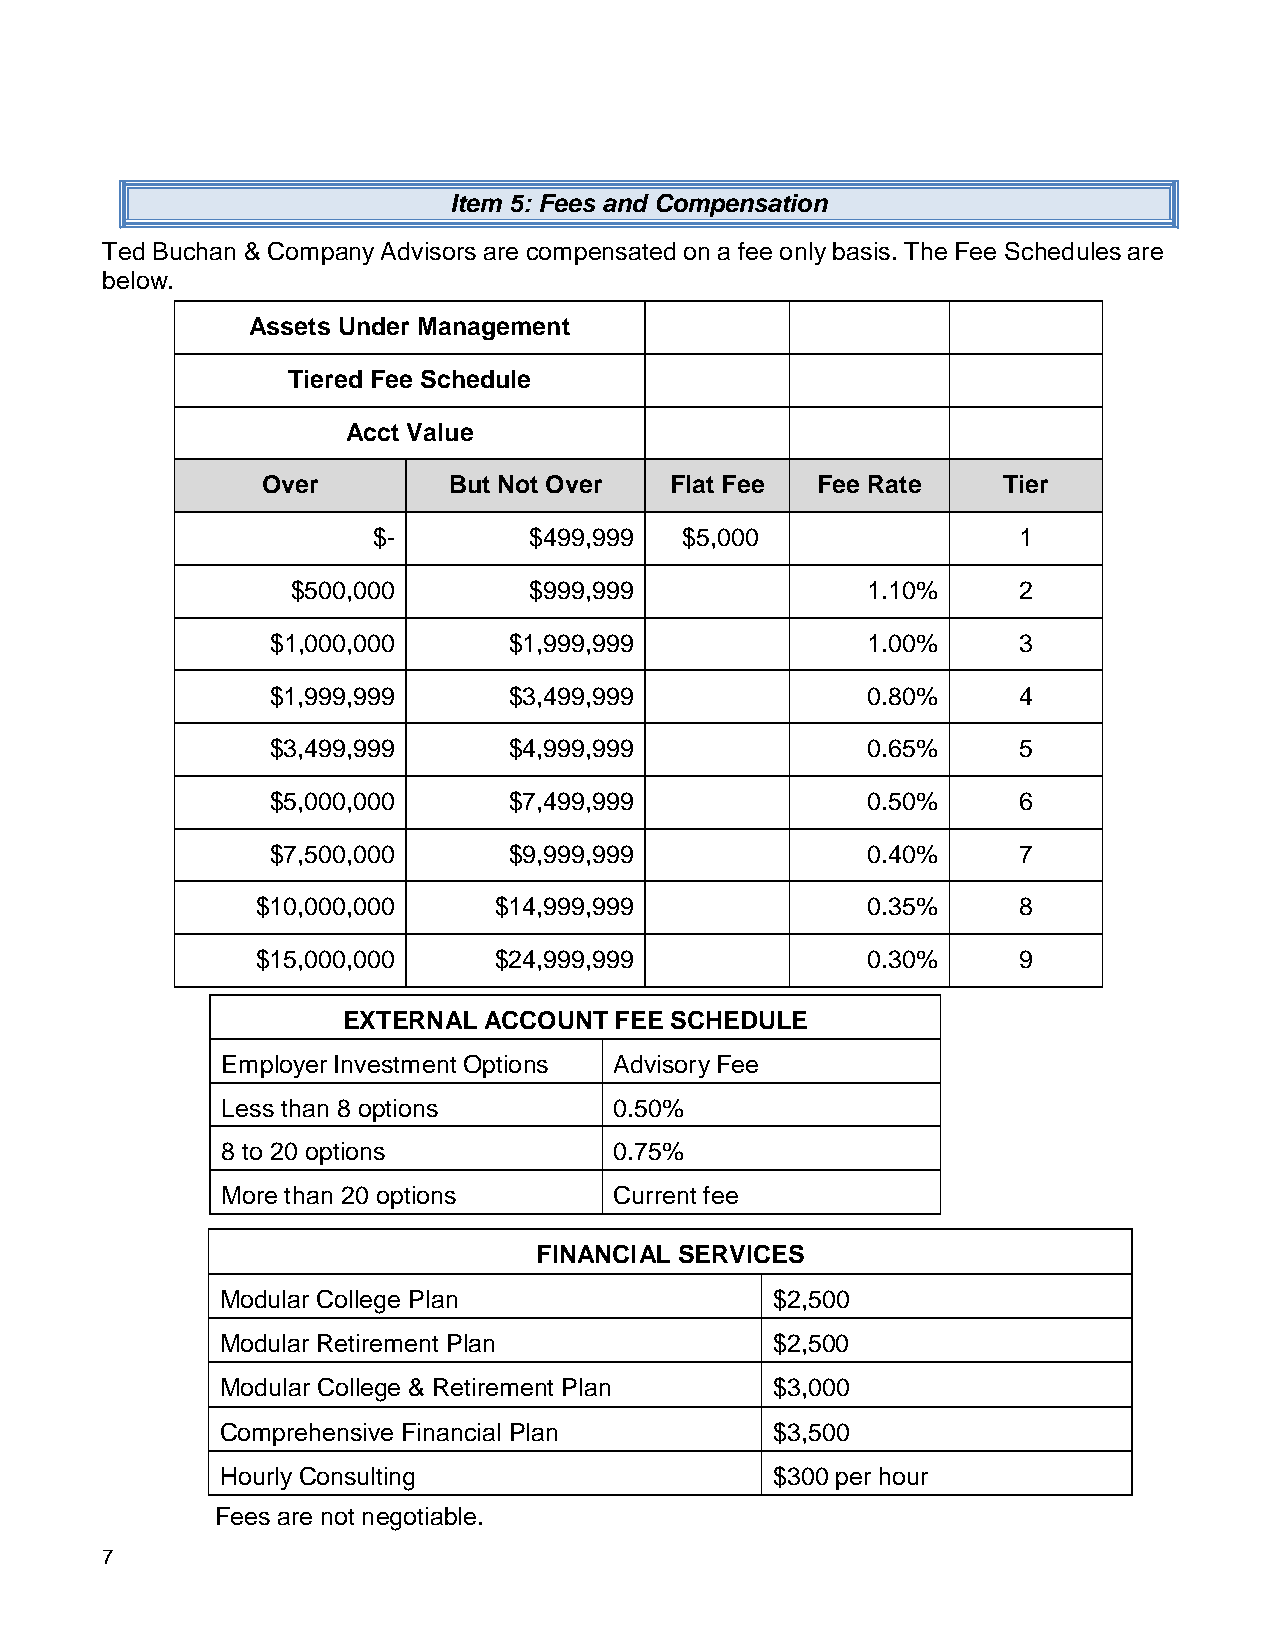
Item 5: Fees and Compensation
 Ted Buchan & Company Advisors are compensated on a fee only basis. The Fee Schedules are
 below.
 Assets Under Management
 Tiered Fee Schedule
 Acct Value
 Over         But Not Over  Flat Fee  Fee Rate    Tier
 $-        $499,999  $5,000                1
 $500,000        $999,999              1.10%     2
 $1,000,000      $1,999,999             1.00%     3
 $1,999,999      $3,499,999             0.80%     4
 $3,499,999      $4,999,999             0.65%     5
 $5,000,000      $7,499,999             0.50%     6
 $7,500,000      $9,999,999             0.40%     7
 $10,000,000     $14,999,999             0.35%     8
 $15,000,000     $24,999,999             0.30%     9
 EXTERNAL ACCOUNT  FEE SCHEDULE
 Employer Investment Options Advisory Fee
 Less than 8 options       0.50%
 8 to 20 options           0.75%
 More than 20 options      Current fee
 FINANCIAL SERVICES
 Modular College Plan                $2,500
 Modular Retirement Plan             $2,500
 Modular College & Retirement Plan   $3,000
 Comprehensive Financial Plan        $3,500
 Hourly Consulting                   $300 per hour
 Fees are not negotiable.
 7